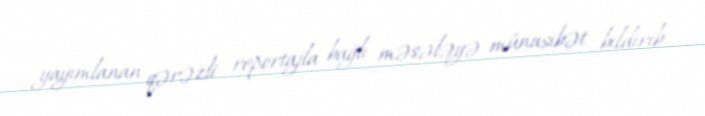
yayımlanan qərəzli reportajla bağlı məsələyə münasibət bildirib.